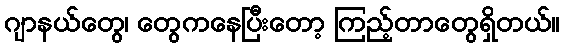
ဂျာနယ်တွေ၊ တွေကနေပြီးတော့ ကြည့်တာတွေရှိတယ်။